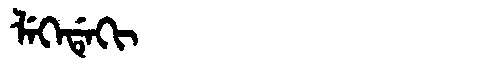
Manchu: ᠯᡝᡴᡝᡩᡝᡴᡳ
Romanization: LEKEDEKI